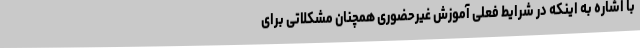
با اشاره به اینکه در شرایط فعلی آموزش غیرحضوری همچنان مشکلاتی برای